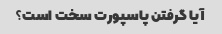
آیا گرفتن پاسپورت سخت است؟